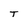
Character: T